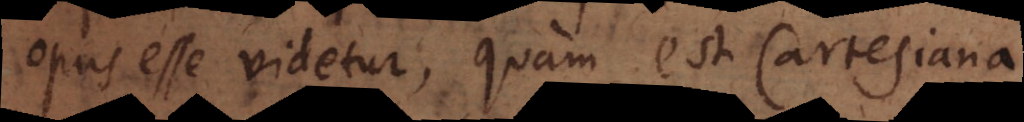
opus esse videtur, quam est Cartesiana.